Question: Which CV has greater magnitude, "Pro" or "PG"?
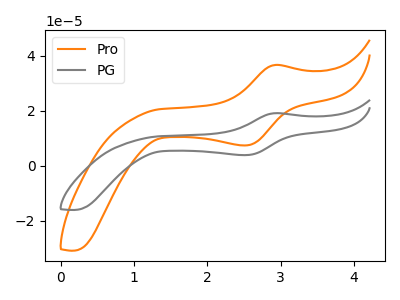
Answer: <think>The orange curve "Pro" has an anodic peak at (2.90V, 36.65uA) and a cathodic peak at (2.50V, 7.35uA). The gray curve "PG" has an anodic peak at (2.90V, 19.10uA) and a cathodic peak at (2.50V, 3.85uA).
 All the peaks in "Pro" have a peak in "PG" at the same potential.</think>
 <answer>I cant tell if "Pro" or "PG" has more signal.</answer>
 <eval>mixed_signal</eval>